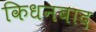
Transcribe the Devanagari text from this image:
किधनबाद